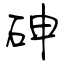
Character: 砷